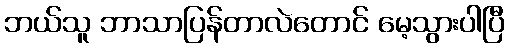
ဘယ်သူ ဘာသာပြန်တာလဲတောင် မေ့သွားပါပြီ